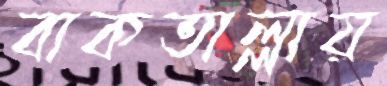
বাকতাল্লায়